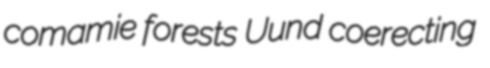
comamie forests Uund coerecting